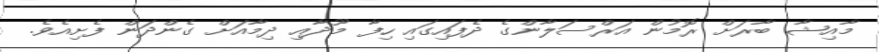
މާއިޝާ ބާރަށް ރޮމުން އަރްސަލާންގެ ދެފައިގައި ހިފާ މޫދާއި ދިމާއަށް ގެންދަން ފެށިއެވެ.